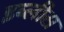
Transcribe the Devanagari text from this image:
इब्लीस